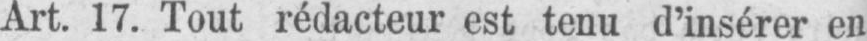
Art. 17. Tout rédacteur est tenu d’insérer en